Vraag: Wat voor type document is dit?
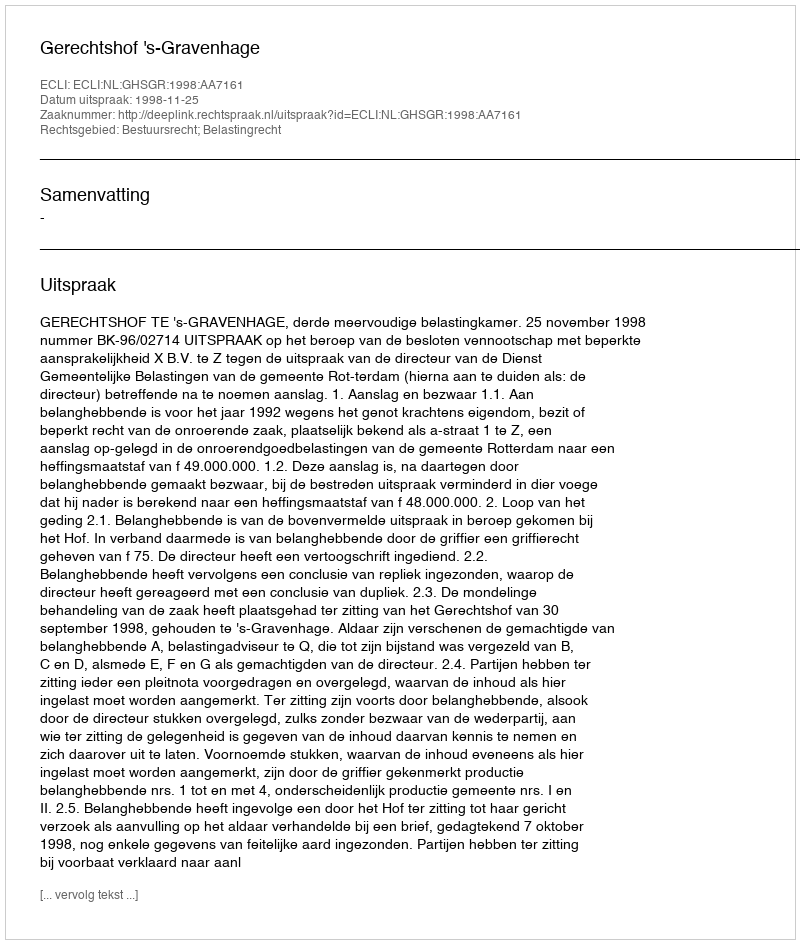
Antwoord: Uitspraak